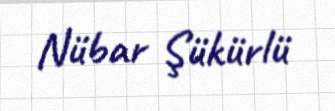
Nübar Şükürlü